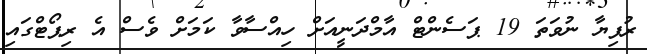
ރުފިޔާ ނުވަތަ 19 ޕަސެންޓް އާމްދަނީއަށް ހިއްސާވާ ކަމަށް ވެސް އެ ރިޕޯޓްގައި